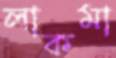
লাকমা